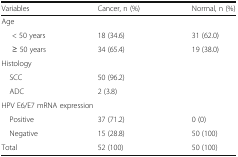
| Variables | Cancer, n (%) | Normal, n (%) |
 | --- | --- | --- |
 | <COLSPAN=3> Age |
 | < 50 years | 18 (34.6) | 31 (62.0) |
 | ≥ 50 years | 34 (65.4) | 19 (38.0) |
 | <COLSPAN=3> Histology |
 | SCC | 50 (96.2) |  |
 | ADC | 2 (3.8) |  |
 | <COLSPAN=3> HPV E6/E7 mRNA expression |
 | Positive | 37 (71.2) | 0 (0) |
 | Negative | 15 (28.8) | 50 (100) |
 | Total | 52 (100) | 50 (100) |